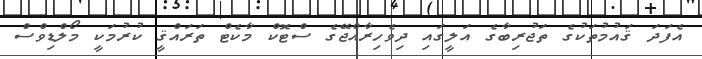
އެފަދަ ޤައުމުތަކުގެ ތަޖުރިބާގެ އަލީގައި ދިވެހިރާއްޖޭގެ ސްޓޮކް މާކެޓް ތަރައްޤީ ކުރުމަކީ މޯލްޑިވްސް